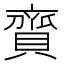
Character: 𧷔